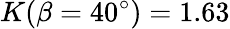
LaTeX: K(\beta=40^{\circ})=1.63